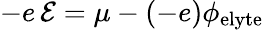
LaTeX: -e\, \mathcal{E}=\mu-(-e)\phi_{\mathrm{elyte}}